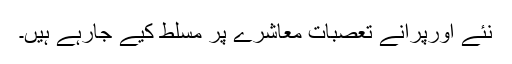
نئے اورپرانے تعصبات معاشرے پر مسلط کیے جارہے ہیں۔